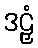
ဒဠှံ